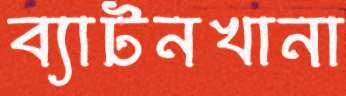
ব্যাটনখানা